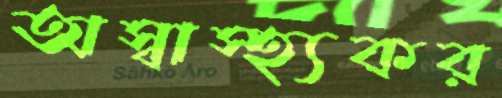
অস্বাস্হ্যকর